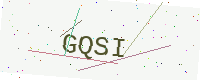
Text: GQSI